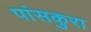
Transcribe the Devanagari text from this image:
पांसकुरा